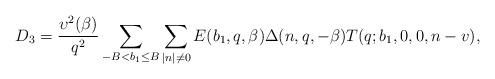
LaTeX: \begin{align*}D_3=\frac{\upsilon^2(\beta)}{q^2}\sum_{\substack{-B<b_1\le B}}\sum_{|n|\not=0}E(b_1,q,\beta)\Delta(n,q,-\beta)T(q;b_1,0,0,n-v),\end{align*}